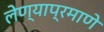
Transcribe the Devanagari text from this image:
लेण्याप्रमाणे